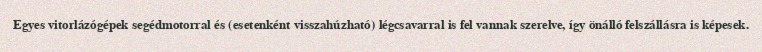
Egyes vitorlázógépek segédmotorral és (esetenként visszahúzható) légcsavarral is fel vannak szerelve, így önálló felszállásra is képesek.